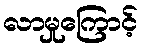
လာမှုကြောင့်